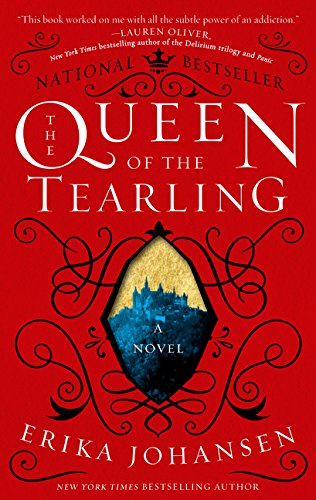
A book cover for The Queen of the Tearling: A Novel (Queen of the Tearling, The); Erika Johansen; Science Fiction & Fantasy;